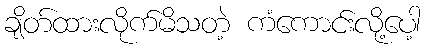
ချိတ်ထားလိုက်မိသတဲ့ ကံကောင်းလို့ပေါ့